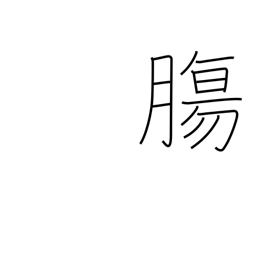
Meaning: guts